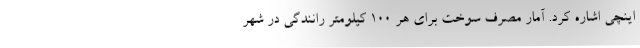
اینچی اشاره کرد. آمار مصرف سوخت برای هر 100 کیلومتر رانندگی در شهر